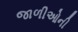
જાળીઓની